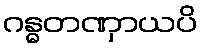
ဂန္ဓတဏှာယပိ